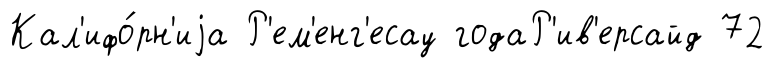
Кал'ифо́рн'иjа Р'ем'енг'есау годаР'ив'ерсайд 72